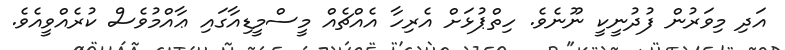
އަދި މިވަރުން ފުދުނީކީ ނޫނެވެ. ހިތްޕުޅަށް އެރިހާ އެއްޗެއް މީސްމީޑިއާގައި ޢާއްމުވެސް ކުރެއްވީއެވެ.